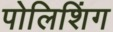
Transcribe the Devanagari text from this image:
पोलिशिंग